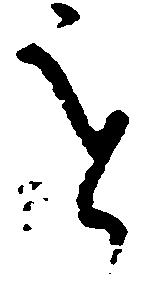
を